Insane asylums in Bengal annual reports 1876-1887 - 1876-1887
Year: 1876
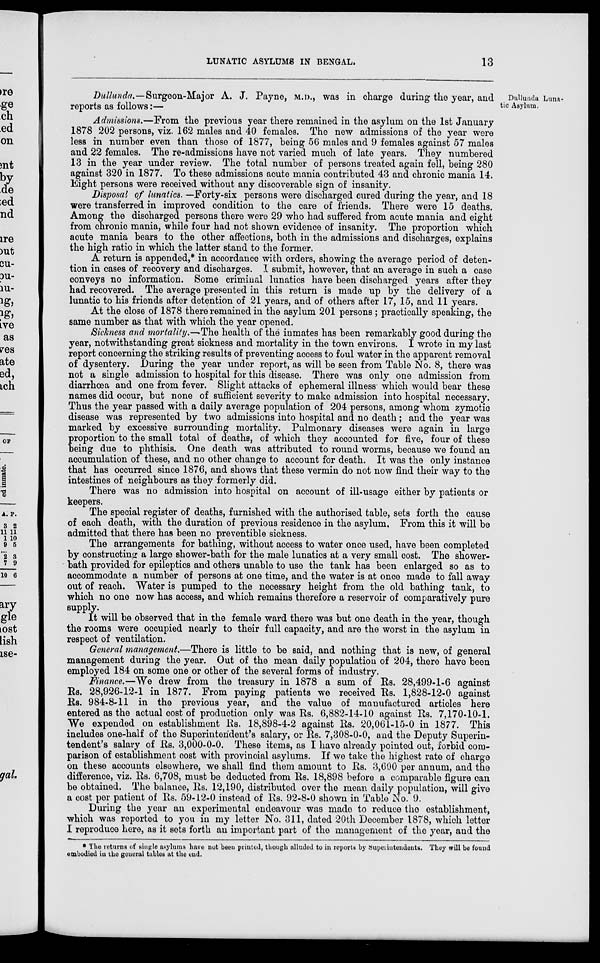
LUNATIC ASYLUMS IN BENGAL.
13
Dullunda Luna-
tic Asylum.
Dullunda.—Surgeon-Major A. J. Payne, M.D., was in charge during the year, and
reports as follows:—
Admissions.—From the previous year there remained in the asylum on the 1st January
1878 202 persons, viz. 162 males and 40 females. The new admissions of the year were
less in number even than those of 1877, being 56 males and 9 females against 57 males
and 22 females. The re-admissions have not varied much of late years. They numbered
13 in the year under review. The total number of persons treated again fell, being 280
against 320 in 1877. To these admissions acute mania contributed 43 and chronic mania 14.
Eight persons were received without any discoverable sign of insanity.
Disposal of lunatics. —Forty-six persons were discharged cured during the year, and 18
were transferred in improved condition to the care of friends. There were 15 deaths.
Among the discharged persons there were 29 who had suffered from acute mania and eight
from chronic mania, while four had not shown evidence of insanity. The proportion which
acute mania bears to the other affections, both in the admissions and discharges, explains
the high ratio in which the latter stand to the former.
A return is appended,* in accordance with orders, showing the average period of deten-
tion in cases of recovery and discharges. I submit, however, that an average in such a case
conveys no information. Some criminal lunatics have been discharged years after they
had recovered. The average presented in this return is made up by the delivery of a
lunatic to his friends after detention of 21 years, and of others after 17, 15, and 11 years.
At the close of 1878 there remained in the asylum 201 persons ; practically speaking, the
same number as that with which the year opened.
Sickness and mortality.—The health of the inmates has been remarkably good during the
year, notwithstanding great sickness and mortality in the town environs. I wrote in my last
report concerning the striking results of preventing access to foul water in the apparent removal
of dysentery. During the year under report, as will be seen from Table No. 8, there was
not a single admission to hospital for this disease. There was only one admission from
diarrhoea and one from fever. Slight attacks of ephemeral illness which would bear these
names did occur, but none of sufficient severity to make admission into hospital necessary.
Thus the year passed with a daily average population of 204 persons, among whom zymotic
disease was represented by two admissions into hospital and no death; and the year was
marked by excessive surrounding mortality. Pulmonary diseases were again in large
proportion to the small total of deaths, of which they accounted for five, four of these
being due to phthisis. One death was attributed to round worms, because we found an
accumulation of these, and no other change to account for death. It was the only instance
that has occurred since 1876, and shows that these vermin do not now find their way to the
intestines of neighbours as they formerly did.
There was no admission into hospital on account of ill-usage either by patients or
keepers.
The special register of deaths, furnished with the authorised table, sets forth the cause
of each death, with the duration of previous residence in the asylum. From this it will be
admitted that there has been no preventible sickness.
The arrangements for bathing, without access to water once used, have been completed
by constructing a large shower-bath for the male lunatics at a very small cost. The shower-
bath provided for epileptics and others unable to use the tank has been enlarged so as to
accommodate a number of persons at one time, and the water is at once made to fall away
out of reach. Water is pumped to the necessary height from the old bathing tank, to
which no one now has access, and which remains therefore a reservoir of comparatively pure
supply.
It will be observed that in the female ward there was but one death in the year, though
the rooms were occupied nearly to their full capacity, and are the worst in the asylum in
respect of ventilation.
General management.—There is little to be said, and nothing that is new, of general
management during the year. Out of the mean daily population of 204, there have been
employed 184 on some one or other of the several forms of industry.
Finance.—We drew from the treasury in 1878 a sum of Rs. 28,499-1-6 against
Rs. 28,926-12-1 in 1877. From paying patients we received Rs. 1,828-12-0 against
Rs. 984-8-11 in the previous year, and the value of manufactured articles here
entered as the actual cost of production only was Rs. 6,882-14-10 against Rs. 7,170-10-1.
We expended on establishment Rs. 18,898-4-2 against Rs. 20,061-15-0 in 1877. This
includes one-half of the Superintendent's salary, or Rs. 7,308-0-0, and the Deputy Superin-
tendent's salary of Rs. 3,000-0-0. These items, as I have already pointed out, forbid com-
parison of establishment cost with provincial asylums. If we take the highest rate of charge
on these accounts elsewhere, we shall find them amount to Rs. 3,600 per annum, and the
difference, viz. Rs. 6,708, must be deducted from Rs. 18,898 before a comparable figure can
be obtained. The balance, Rs. 12,190, distributed over the mean daily population, will give
a cost per patient of Rs. 59-12-0 instead of Rs. 92-8-0 shown in Table No. 9.
During the year an experimental endeavour was made to reduce the establishment,
which was reported to you in my letter No. 311, dated 20th December 1878, which letter
I reproduce here, as it sets forth an important part of the management of the year, and the
* The returns of single asylums have not been printed, though alluded to in reports by Superintendents. They will be found
embodied in the general tables at the end.